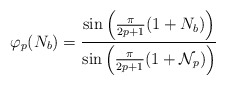
\begin{align*}\varphi_p(N_b)=\frac{\sin\left(\frac{\pi}{2p+1}(1+N_b)\right)}{\sin\left(\frac{\pi}{2p+1}(1+{\cal N}_p)\right)}\end{align*}